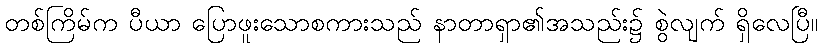
တစ်ကြိမ်က ပီယာ ပြောဖူးသောစကားသည် နာတာရှာ၏အသည်း၌ စွဲလျက် ရှိလေပြီ။